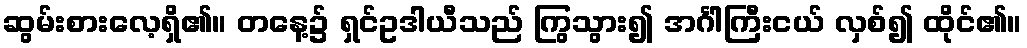
ဆွမ်းစားလေ့ရှိ၏။ တနေ့၌ ရှင်ဥဒါယီသည် ကြွသွား၍ အင်္ဂါကြီးငယ် လှစ်၍ ထိုင်၏။